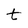
Character: t